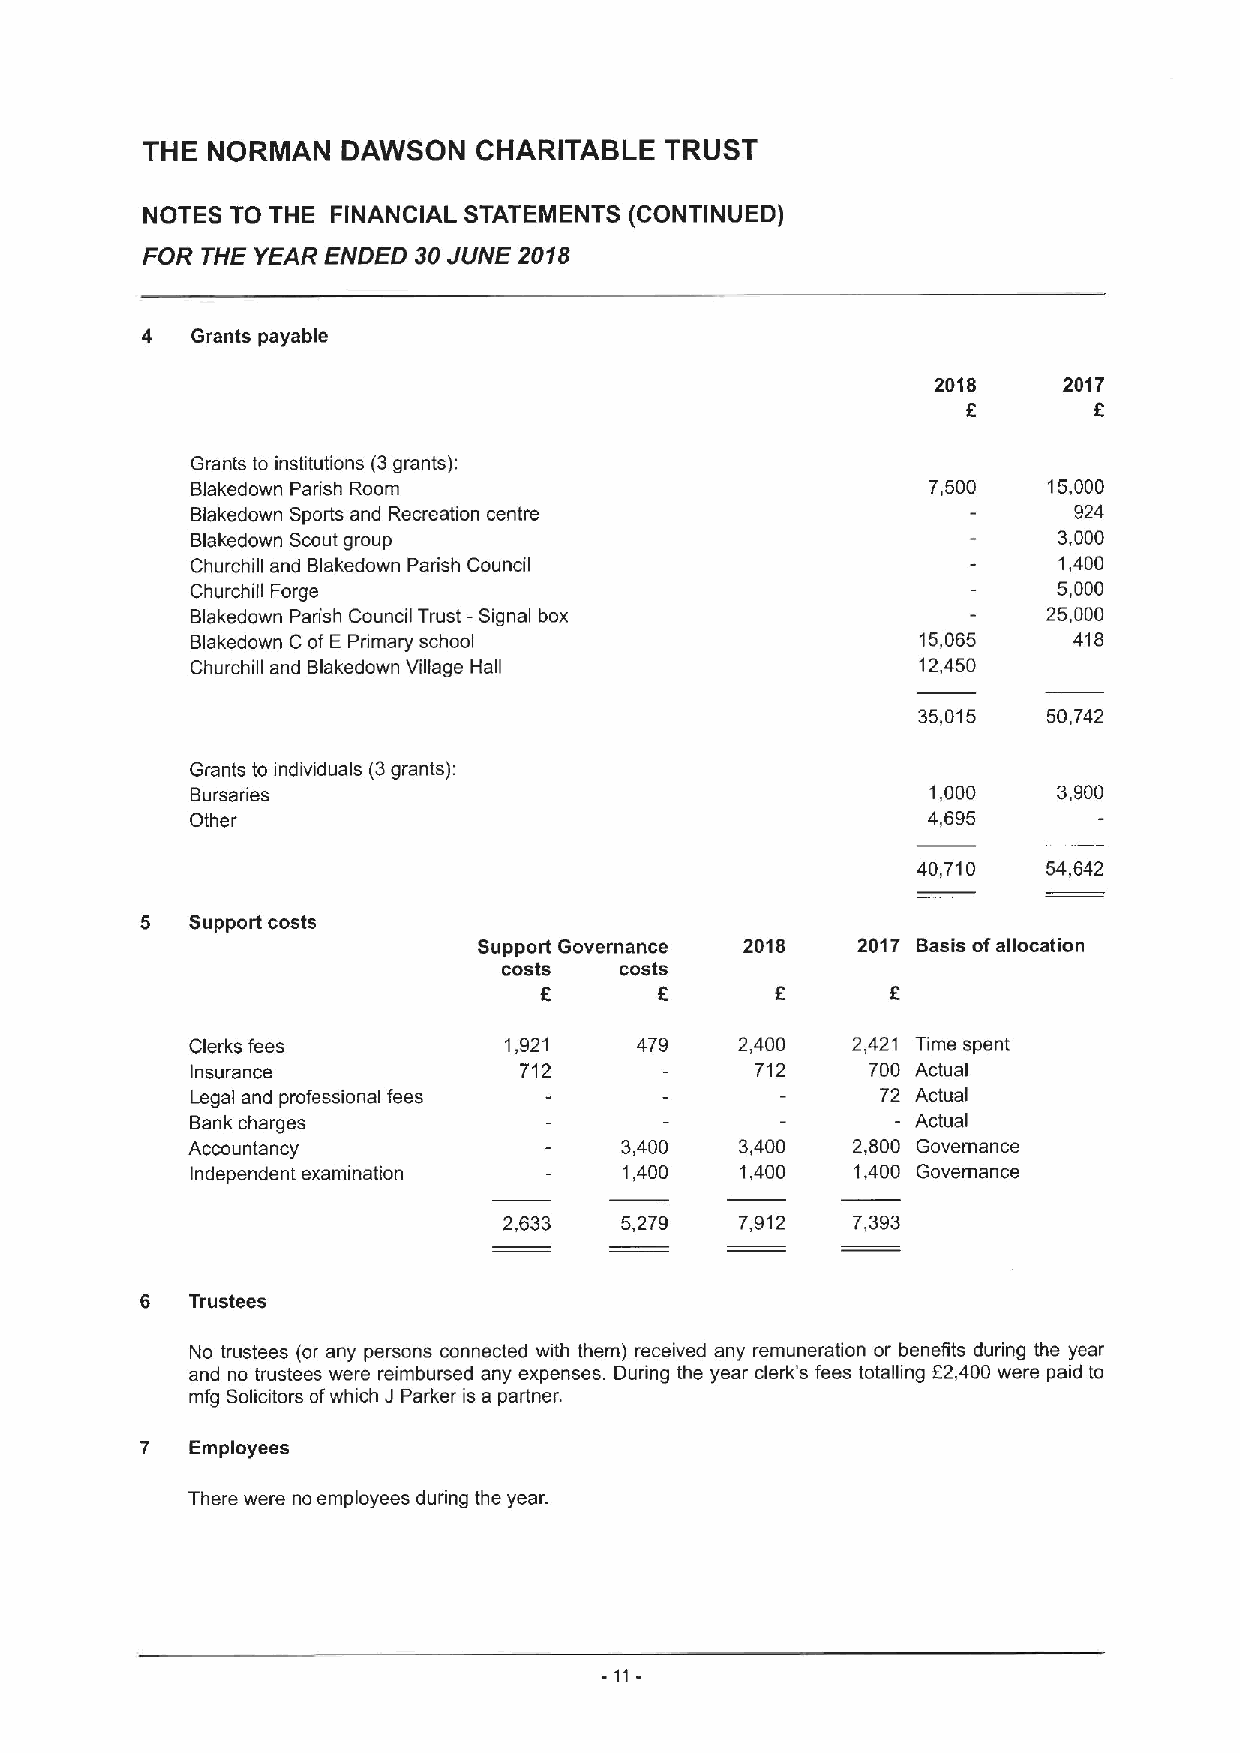
THE  NORMAN   DAWSON   CHARITABLE  TRUST
 NOTES TO THE FINANCIAL STATEMENTS (CONTINUED)
 FOR THE YEAR ENDED 30JUNE 2018
 4   Grants payable
 2018    2017
 f
 Grants to institutions (3grants):
 Blakedown Parish Room                           7,500   15,000
 Blakedown Sports and Recreation centre                    924
 Blakedown Scout group                                    3,000
 Churchill and Blakedown Parish Council                   1,400
 Churchill Forge                                          5,000
 Blakedown Parish Council Trust —Signal box              25,000
 Blakedown CofE Primary school                   15,065    418
 Churchill and Blakedown Village Hall            12,450
 35,015  50,742
 Grants to individuals (3grants):
 Bursaries                                        1,000   3,900
 Other                                           4,695
 40,710  54,642
 5   Support costs
 Support Governance 2018  2017 Basis ofallocation
 costs   costs
 8
 Clerks fees         1,921    479    2,400  2,421 Time spent
 Insurance            712             712     700 Actual
 Legal and professional fees                  72 Actual
 Bank charges                                  — Actual
 Accountancy                  3,400   3,400  2,800 Governance
 Independent examination     1,400   1,400   1,400 Governance
 2,633   5,279   7,912  7,393
 6   Trustees
 No trustees (or any persons connected with them) received any remuneration or benefits during the year
 and no trustees were reimbursed any expenses. During the year clerk's fees totalling E2,400 were paid to
 mfg Solicitors ofwhich J Parker is a partner.
 7   Employees
 There were no employees during the year.
 -11-